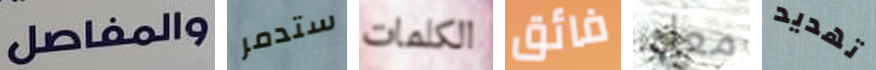
والمفاصل ستدمر الكلمات فائق معك تهديد